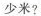
少米?